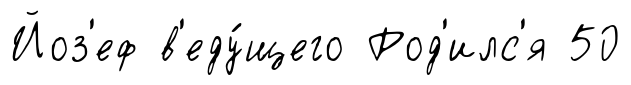
Йоз'еф в'еду́щего Род'илс'я 50